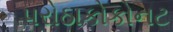
પરોઠાકોકોનટ